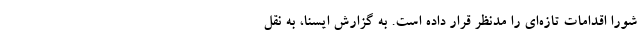
شورا اقدامات تازه‌ای را مدنظر قرار داده است. به گزارش ایسنا، به نقل